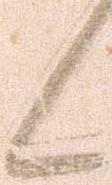
候